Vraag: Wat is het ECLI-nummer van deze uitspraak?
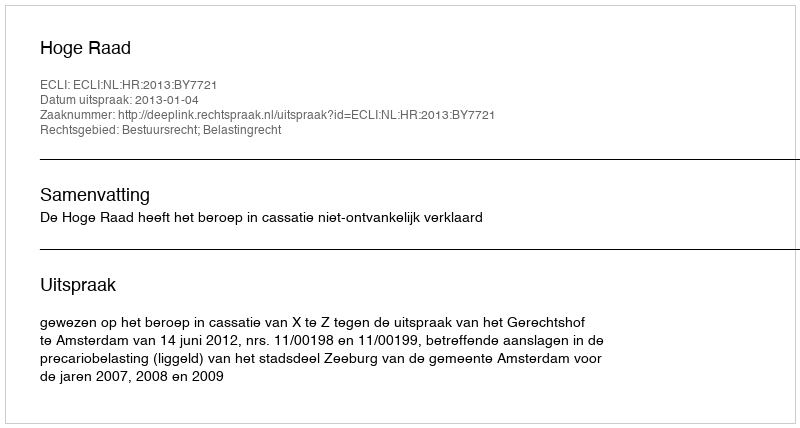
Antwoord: ECLI:NL:HR:2013:BY7721